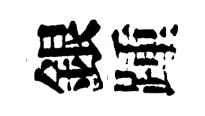
銀踵